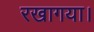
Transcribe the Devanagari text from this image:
रखागया।